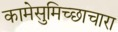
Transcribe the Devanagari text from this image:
कामेसुमिच्छाचारा